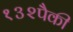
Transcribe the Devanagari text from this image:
१३२पैकी